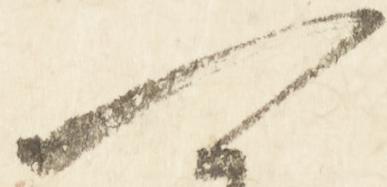
可